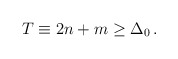
\begin{align*}T \equiv 2n+m \geq \Delta_0 \, .\end{align*}